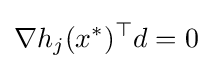
\nabla h_{j}(x^{*})^{\top }d=0